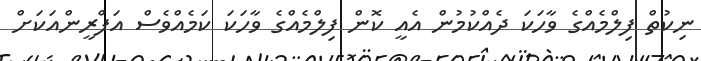
ނިކުތް ފިލްމެއްގެ ވާހަކަ ދެއްކުމުން އެއީ ކޮން ފިލްމެއްގެ ވާހަކަ ކަމެއްވެސް އަފްރީންއަކަށް